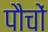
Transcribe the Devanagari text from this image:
पौचों